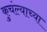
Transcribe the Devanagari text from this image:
कुचंल्याच्या